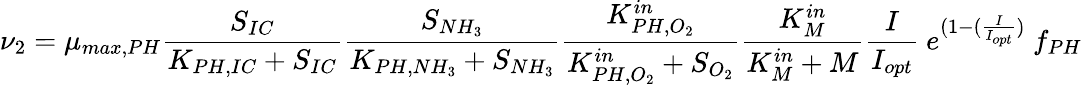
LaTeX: \nu_{2}=\mu_{max,PH}\frac{S_{IC}}{K_{PH,IC}+S_{IC}}\frac{S_{NH_{3}}}{K_{PH,NH_{3}}+S_{NH_{3}}}\frac{K_{PH,O_{2}}^{in}}{K_{PH,O_{2}}^{in}+S_{O_{2}}}\frac{K_{M}^{in}}{K_{M}^{in}+M}\frac{I}{I_{opt}}\ e^{(1-(\frac{I}{I_{opt}})}\ f_{PH}